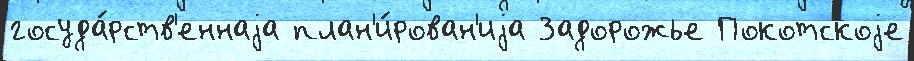
госуда́рств'еннаjа план'и́рован'иjа Задорожье Покотскоjе